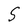
Character: S